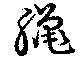
猟